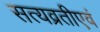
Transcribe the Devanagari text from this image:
सत्यव्रतीएवं